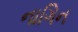
નાગિન